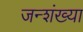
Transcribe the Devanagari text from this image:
जन्शंख्या